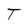
Character: T